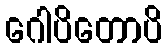
ဂေါပိတောပိ